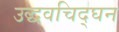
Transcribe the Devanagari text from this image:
उद्धवचिद्‌घन